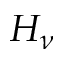
H _ { \nu }